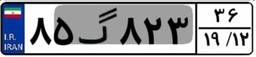
۸۵گ۸۲۳۳۶